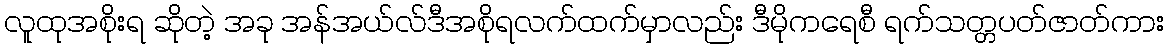
လူထုအစိုးရ ဆိုတဲ့ အခု အန်အယ်လ်ဒီအစိုရလက်ထက်မှာလည်း ဒီမိုကရေစီ ရက်သတ္တပတ်ဇာတ်ကား